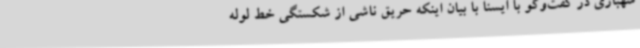
شهبازی در گفت‌وگو با ایسنا با بیان اینکه حریق ناشی از شکستگی خط لوله